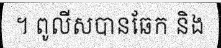
។ ពូលីសបានឆែក និង